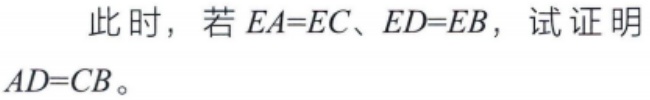
此时，若 \(EA = EC\)、\(ED = EB\)，试证明 \(AD = CB\)。